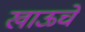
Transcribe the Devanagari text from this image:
खाऊचे